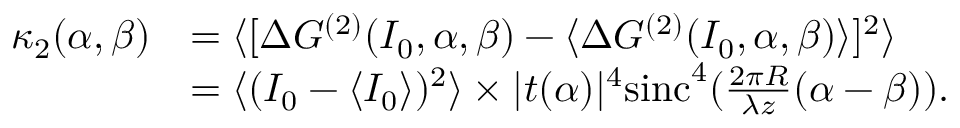
\begin{array} { r l } { \kappa _ { 2 } ( \alpha , \beta ) } & { = \langle [ \Delta G ^ { ( 2 ) } ( I _ { 0 } , \alpha , \beta ) - \langle \Delta G ^ { ( 2 ) } ( I _ { 0 } , \alpha , \beta ) \rangle ] ^ { 2 } \rangle } \\ & { = \langle ( I _ { 0 } - \langle I _ { 0 } \rangle ) ^ { 2 } \rangle \times | t ( \alpha ) | ^ { 4 } \mathrm { s i n c } ^ { 4 } ( \frac { 2 \pi R } { \lambda z } ( \alpha - \beta ) ) . } \end{array}